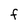
Character: F